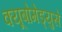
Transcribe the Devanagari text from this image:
क्यूबोमेड्युसे